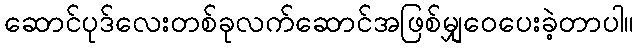
ဆောင်ပုဒ်လေးတစ်ခုလက်ဆောင်အဖြစ်မျှဝေပေးခဲ့တာပါ။